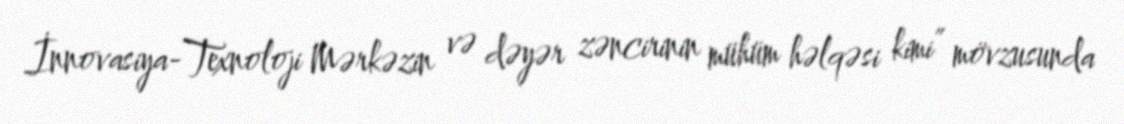
İnnovasiya-Texnoloji Mərkəzin və dəyər zəncirinin mühüm həlqəsi kimi” mövzusunda